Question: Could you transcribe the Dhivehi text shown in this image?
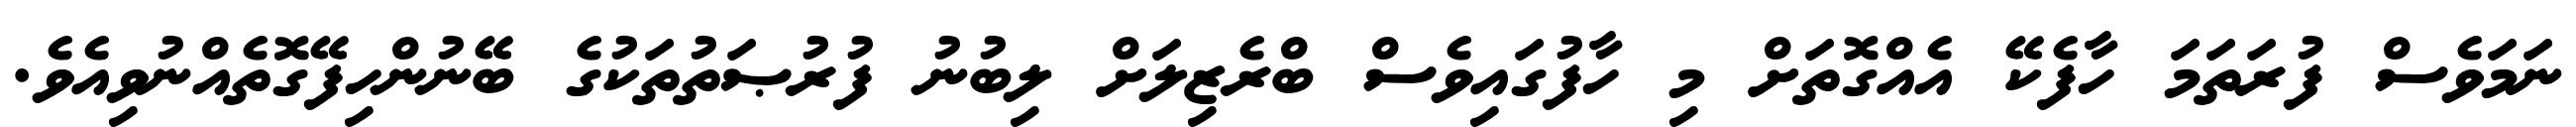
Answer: ނަމަވެސް ފުރަތަމަ ހާފެކޭ އެއްގޮތަށް މި ހާފުގައިވެސް ބްރެޒިލަށް ލިބުނު ފުރުޞަތުތަކުގެ ބޭނުންހިފޭގޮތެއްނުވިއެވެ.